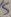
Text: s